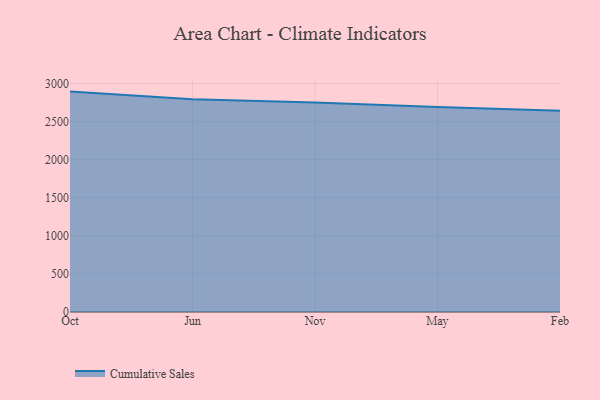
{"axis": {"x": "Month", "y": "Page Views"}, "legend": ["Cumulative Sales"], "data": [{"x": "Oct", "y": 2894.7, "type": "Cumulative Sales"}, {"x": "Jun", "y": 2794.7, "type": "Cumulative Sales"}, {"x": "Nov", "y": 2751.7, "type": "Cumulative Sales"}, {"x": "May", "y": 2690.9, "type": "Cumulative Sales"}, {"x": "Feb", "y": 2644.2, "type": "Cumulative Sales"}]}